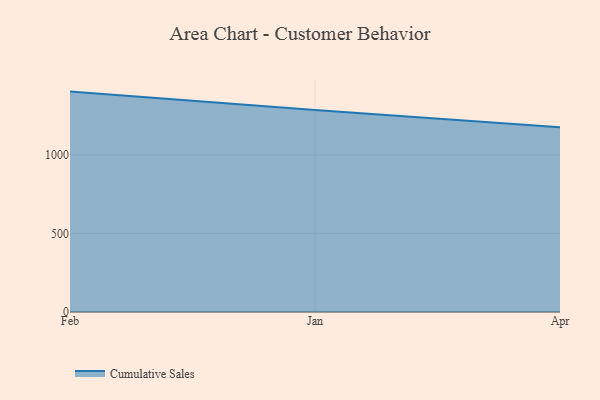
{"axis": {"x": "Month", "y": "Waste Production (Tons)"}, "legend": ["Cumulative Sales"], "data": [{"x": "Feb", "y": 1404.5, "type": "Cumulative Sales"}, {"x": "Jan", "y": 1286.6, "type": "Cumulative Sales"}, {"x": "Apr", "y": 1176.6, "type": "Cumulative Sales"}]}